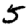
Digit: 5